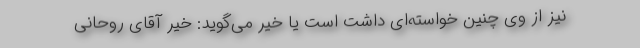
نیز از وی چنین خواسته‌ای داشت است یا خیر می‌گوید: خیر آقای روحانی